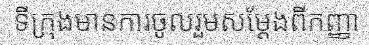
ទីក្រុងមានការចូលរួមសម្តែងពីកញ្ញា